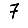
Digit: 7